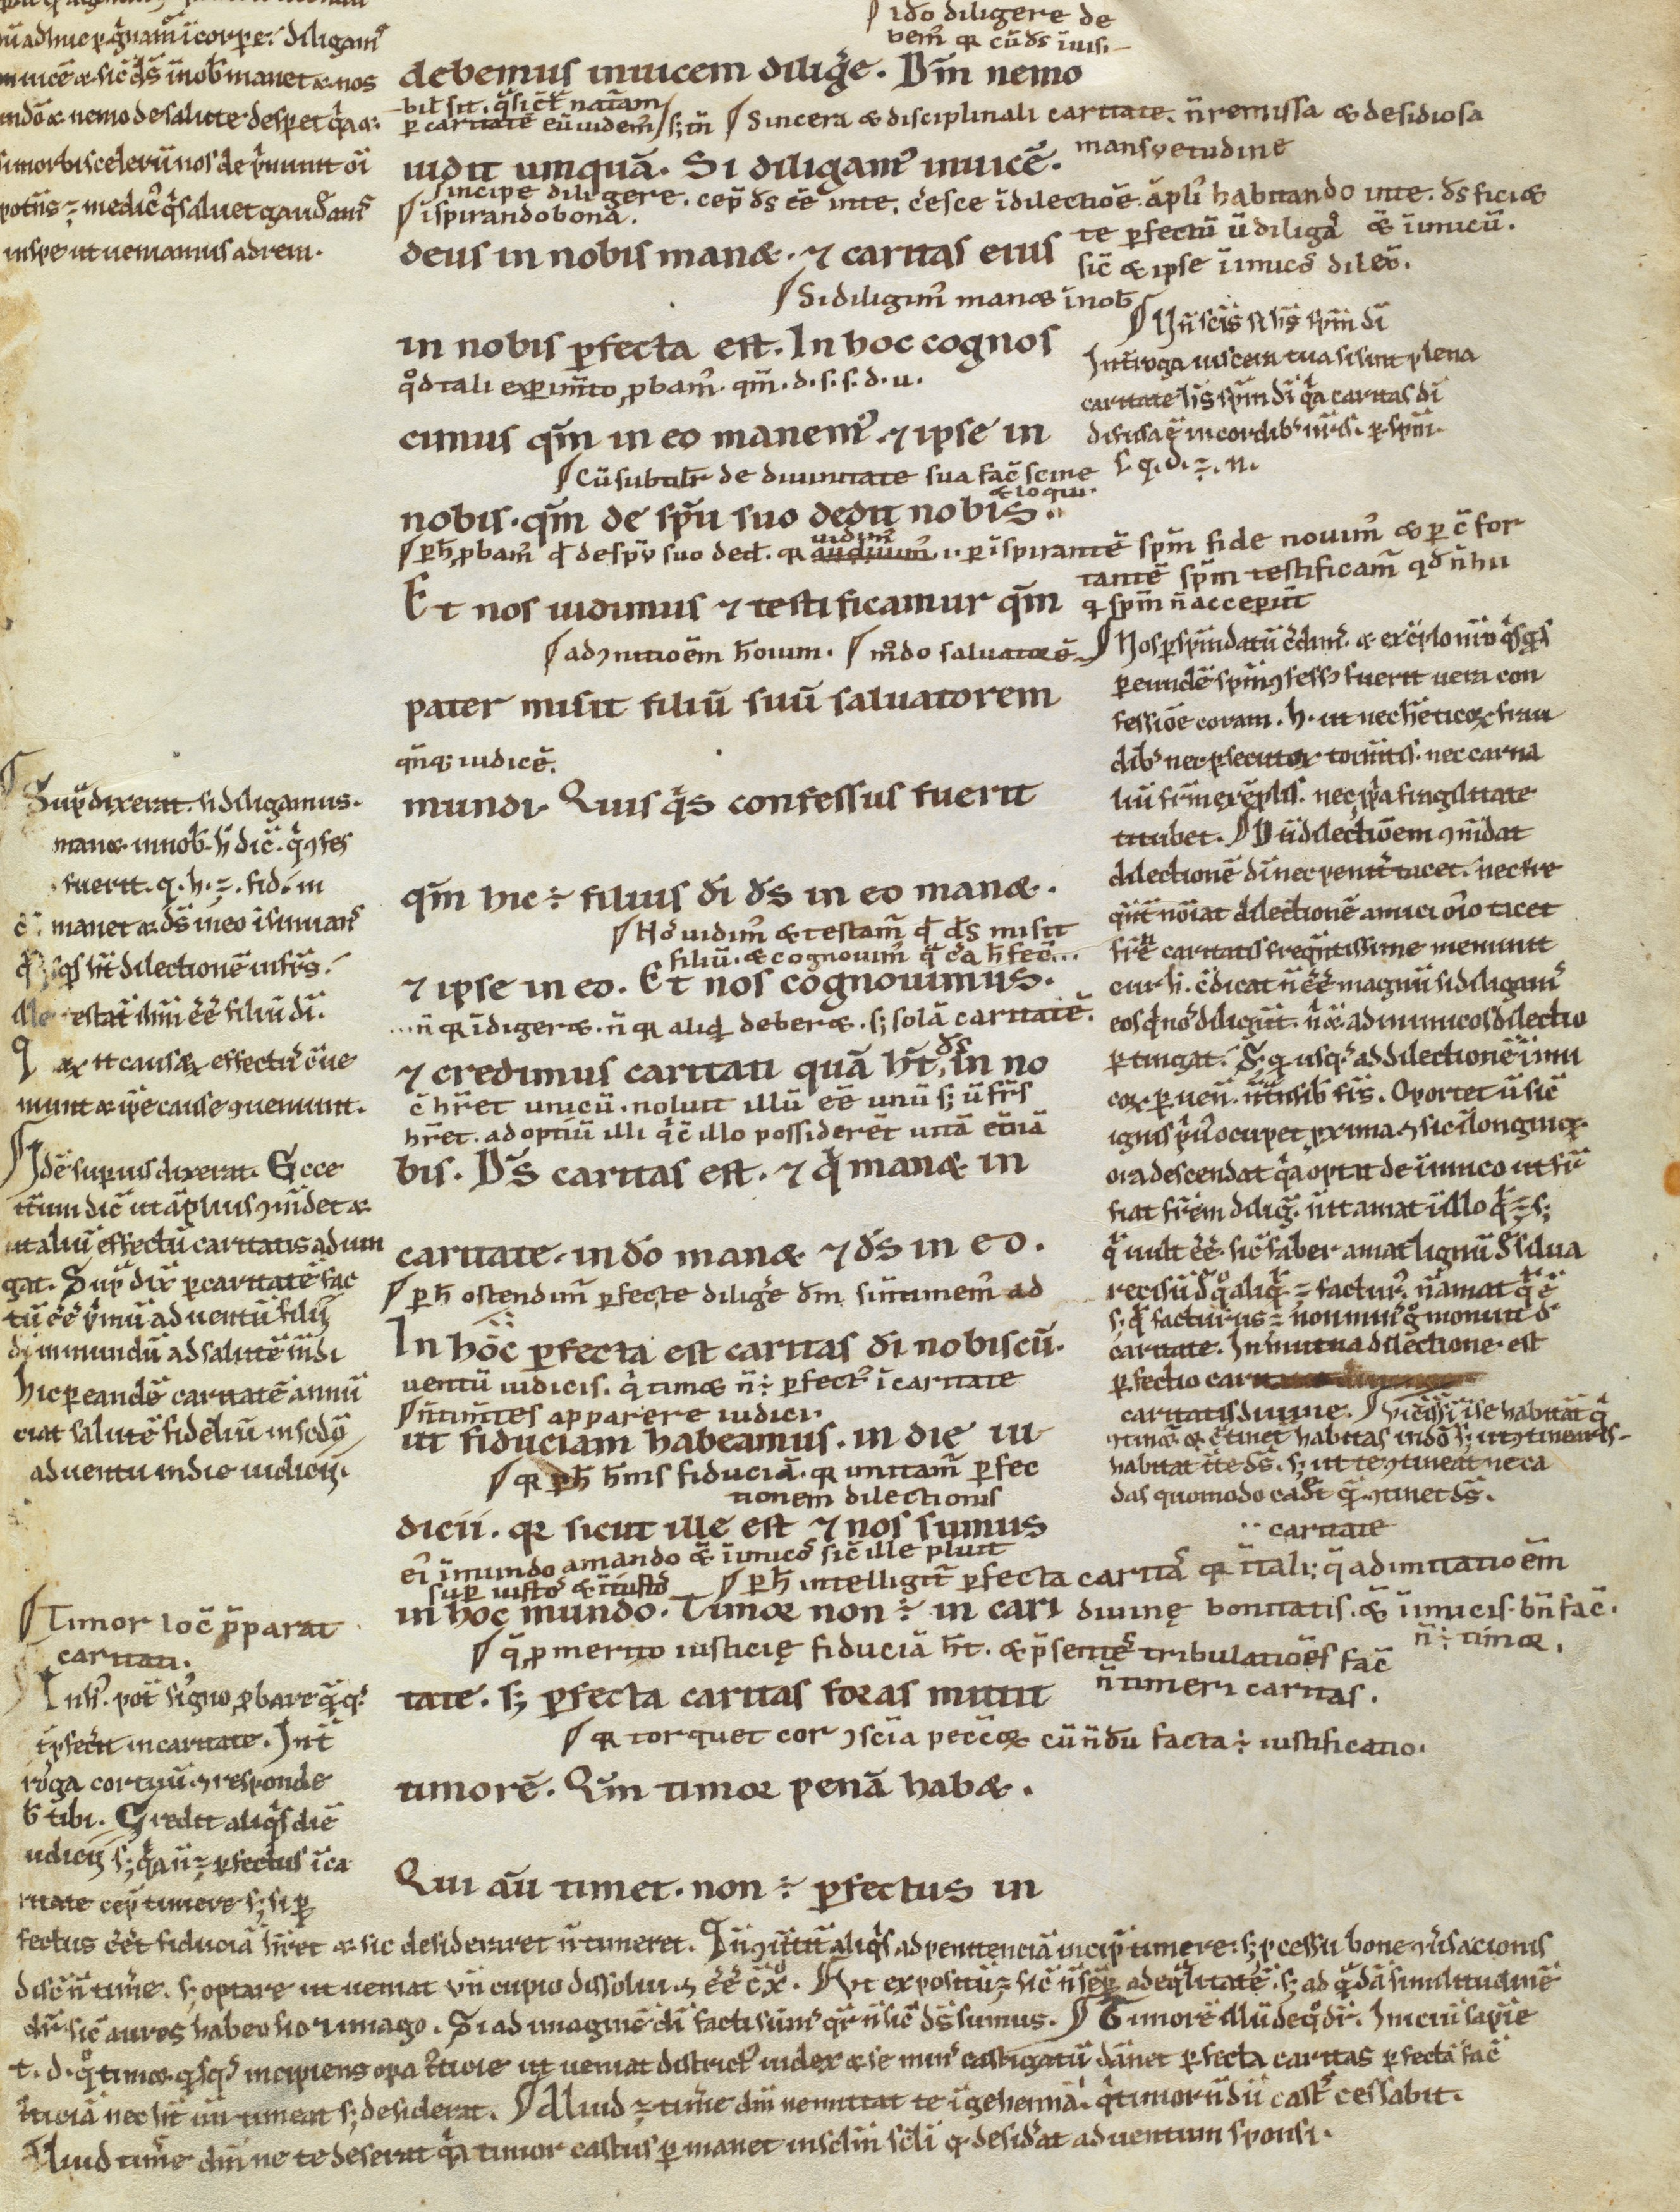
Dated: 1100–1199